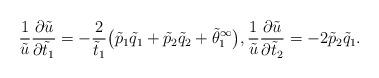
LaTeX: \begin{gather*}\frac{1}{\tilde{u}}\frac{\partial \tilde{u}}{\partial \tilde{t}_1}=-\frac{2}{\tilde{t}_1}\big(\tilde{p}_1\tilde{q}_1+\tilde{p}_2\tilde{q}_2+\tilde{\theta}^\infty_1\big),\frac{1}{\tilde{u}}\frac{\partial \tilde{u}}{\partial \tilde{t}_2}=-2\tilde{p}_2\tilde{q}_1.\end{gather*}